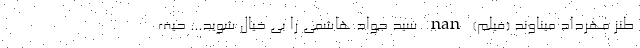
طنز مهرداد میناوند (فیلم) nan سید جواد هاشمی را بی خیال شوید... حیف